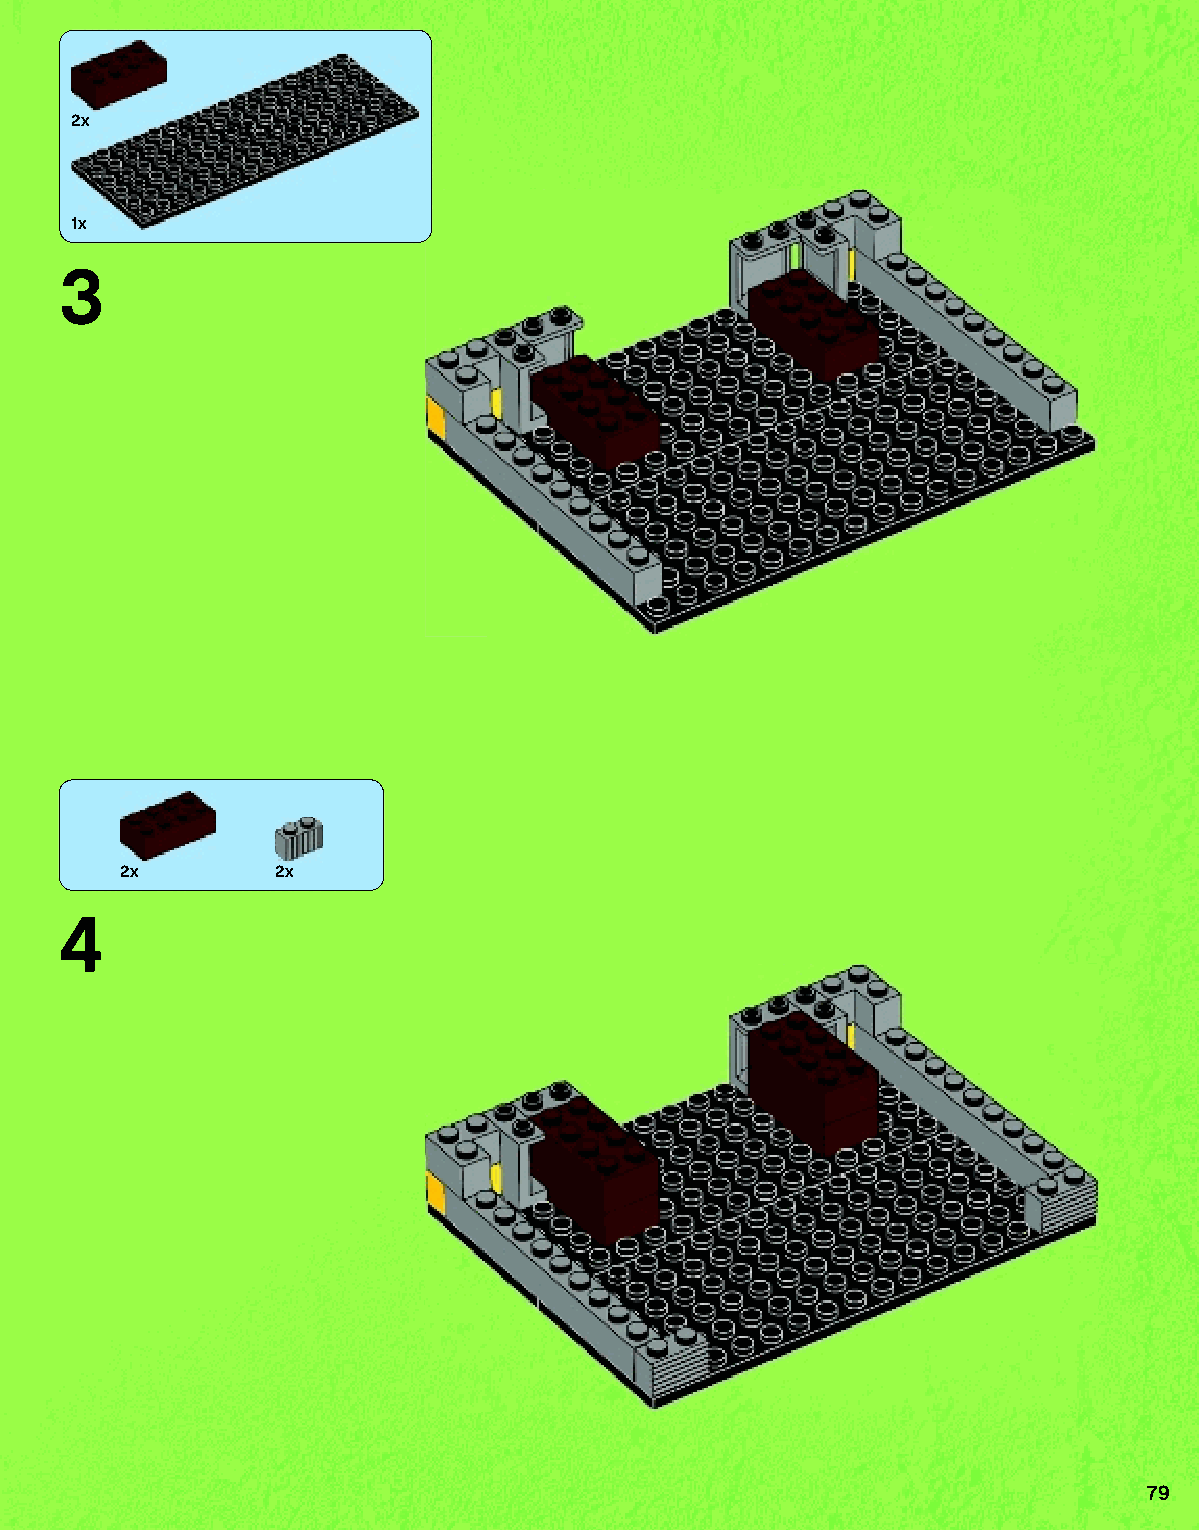
2x
 1x
 3
 2x        2x
 4
 79
 79117_Book1.indd 79                                               01/11/2013 4:36 PM